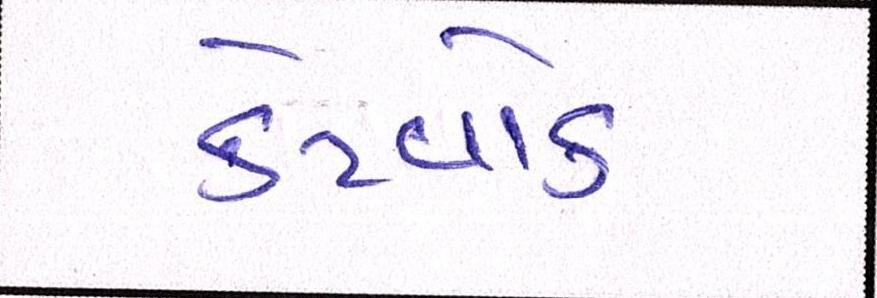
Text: કેટવોક